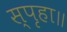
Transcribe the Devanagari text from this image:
स्पृहा॥